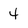
Character: 4